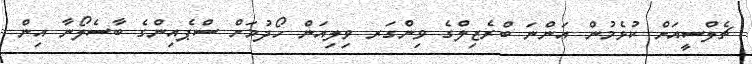
ޗެލްސީއަށް ކުޅެމުން އަންނަ ބްރެޒިލްގެ ވިންގަރ ވިލިއަން ހޯދުމަށް ސްޕެއިންގެ ބާސެލޯނާ އިން